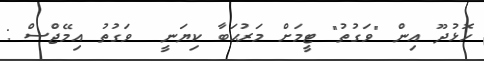
ހޮޅުދޫ އިން "ވަގުތު" ޓީމަށް މަރުޙަބާ ކިޔަނީ  ވަގުތު އިމޭޖްސް :